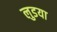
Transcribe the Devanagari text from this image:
लुडया